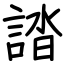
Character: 誻